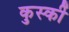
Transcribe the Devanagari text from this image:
कुर्स्की